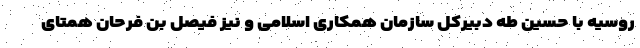
روسیه با حسین طه دبیرکل سازمان همکاری اسلامی و نیز فیصل بن فرحان همتای